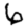
Digit: 6